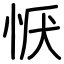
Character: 恹